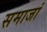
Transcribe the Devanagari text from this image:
समाजां